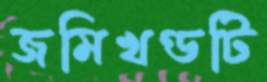
জমিখণ্ডটি